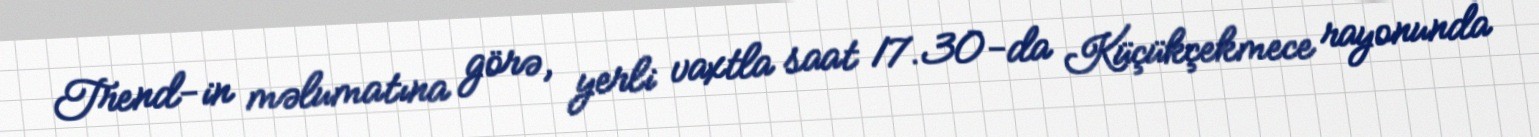
Trend-in məlumatına görə, yerli vaxtla saat 17.30-da Küçükçekmece rayonunda